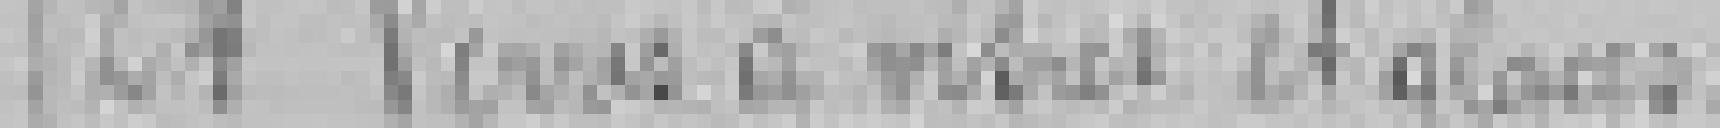
24. Verres à vitre et glaces